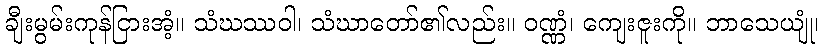
ချီးမွမ်းကုန်ငြားအံ့။ သံဃဿဝါ၊ သံဃာတော်၏လည်း။ ဝဏ္ဏံ၊ ကျေးဇူးကို။ ဘာသေယျုံ၊